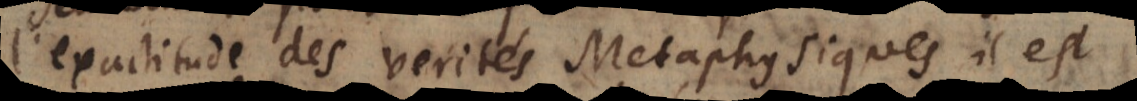
l’exactitude des verités Metaphysiques il est